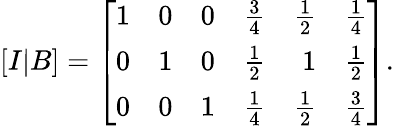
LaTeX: [I|B]=\left[{\begin{array}{rrrrrr}{1}&{0}&{0}&{{\frac{3}{4}}}&{{\frac{1}{2}}}&{{\frac{1}{4}}}\\ {0}&{1}&{0}&{{\frac{1}{2}}}&{1}&{{\frac{1}{2}}}\\ {0}&{0}&{1}&{{\frac{1}{4}}}&{{\frac{1}{2}}}&{{\frac{3}{4}}}\end{array}}\right].